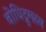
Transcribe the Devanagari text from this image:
बोधिद्रुमस्य